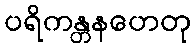
ပရိကန္တနဟေတု